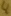
Text: 4